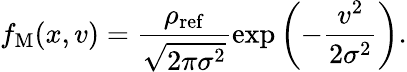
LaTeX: f_{\mathrm{M}}(x,v)=\frac{\rho_{\mathrm{ref}}}{\sqrt{2\pi\sigma^{2}}}\exp\left(-\frac{v^{2}}{2\sigma^{2}}\right).